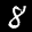
Label: 8